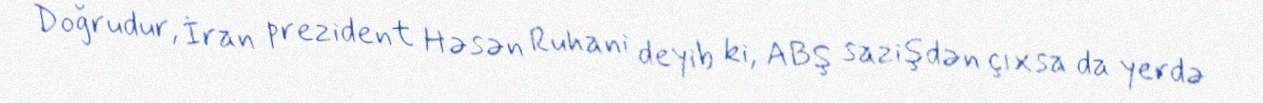
Doğrudur, İran prezident Həsən Ruhani deyib ki, ABŞ sazişdən çıxsa da yerdə